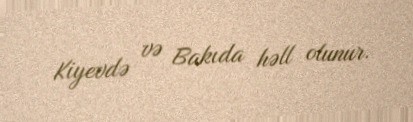
Kiyevdə və Bakıda həll olunur.